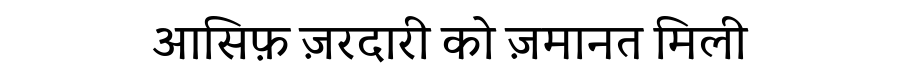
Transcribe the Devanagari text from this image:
आसिफ़ ज़रदारी को ज़मानत मिली